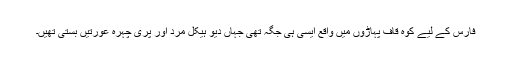
فارس کے لیے کوہ قاف پہاڑوں میں واقع ایسی ہی جگہ تھی جہاں دیو ہیکل مرد اور پری چہرہ عورتیں بستی تھیں۔